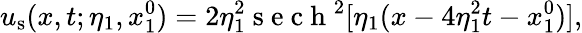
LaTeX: u_{\mathrm{s}}(x,t;\eta_{1},x_{1}^{0})=2\eta_{1}^{2}\mathrm{~s~e~c~h~}^{2}[\eta_{1}(x-4\eta_{1}^{2}t-x_{1}^{0})],